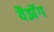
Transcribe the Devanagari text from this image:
वैझॅग